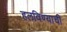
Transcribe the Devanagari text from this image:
हलविण्याची